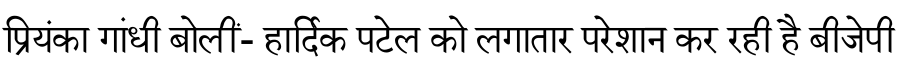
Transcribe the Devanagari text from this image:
प्रियंका गांधी बोलीं- हार्दिक पटेल को लगातार परेशान कर रही है बीजेपी